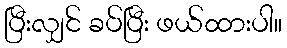
ပြီးလျှင် ခပ်ပြီး ဖယ်ထားပါ။